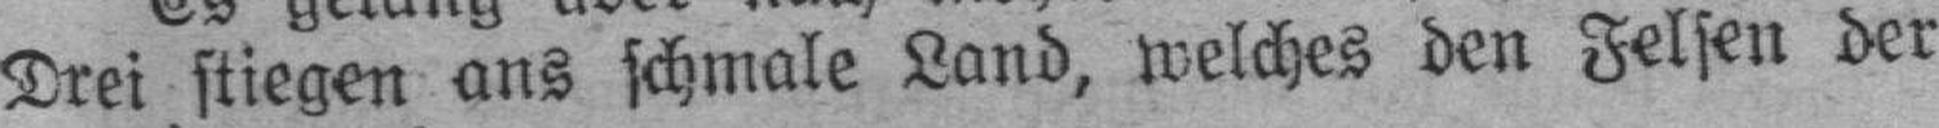
Drei stiegen ans schmale Land, welches den Felsen der